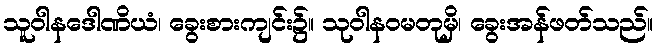
သူဝါနဒေါဏိယံ၊ ခွေးစားကျင်း၌။ သုဝါနဝမတုမှိ၊ ခွေးအန်ဖတ်သည်။